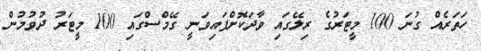
ހަތަރެއް ގުނަ 100 މީޓަރުގެ ރިލޭގައި ވާދަކޮށްފައިވަނީ ގޭމްސްގައި 100 މީޓަރު ދުވުމުން